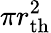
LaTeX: \pi r_{\mathrm{th}}^{2}